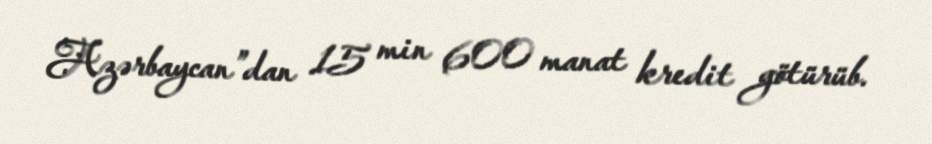
Azərbaycan”dan 15 min 600 manat kredit götürüb.